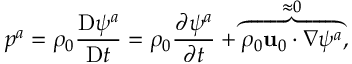
p ^ { a } = \rho _ { 0 } \frac { \mathrm { D } \psi ^ { a } } { \mathrm { D } t } = \rho _ { 0 } \frac { \partial \psi ^ { a } } { \partial t } + \overbrace { \rho _ { 0 } \mathbf { u } _ { 0 } \cdot \nabla \psi ^ { a } } ^ { \approx 0 } ,